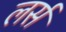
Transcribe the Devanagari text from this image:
लर्स